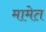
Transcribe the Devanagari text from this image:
मामेत